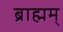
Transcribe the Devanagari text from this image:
ब्राह्मम्